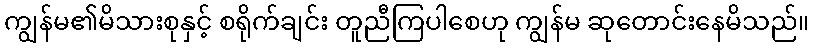
ကျွန်မ၏မိသားစုနှင့် စရိုက်ချင်း တူညီကြပါစေဟု ကျွန်မ ဆုတောင်းနေမိသည်။